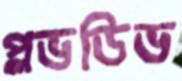
প্লভডিভ